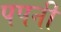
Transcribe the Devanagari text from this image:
पपनी